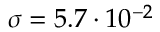
\sigma = 5 . 7 \cdot 1 0 ^ { - 2 }